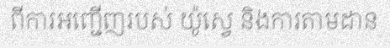
ពីការអញ្ជើញរបស់ យ៉ូស្វេ និងការតាមដាន